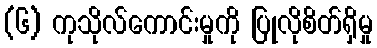
(၆) ကုသိုလ်ကောင်းမှုကို ပြုလိုစိတ်ရှိမှု